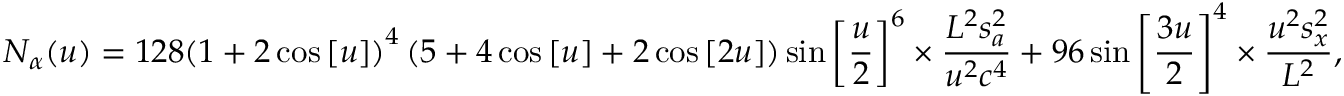
{ N _ { \alpha } } ( u ) = 1 2 8 { \left( { 1 + 2 \cos \left[ u \right] } \right) ^ { 4 } } \left( { 5 + 4 \cos \left[ u \right] + 2 \cos \left[ { 2 u } \right] } \right) \sin { \left[ { \frac { u } { 2 } } \right] ^ { 6 } } \times \frac { { { L ^ { 2 } } s _ { a } ^ { 2 } } } { { { u ^ { 2 } } { c ^ { 4 } } } } + 9 6 \sin { \left[ { \frac { { 3 u } } { 2 } } \right] ^ { 4 } } \times \frac { { { u ^ { 2 } } s _ { x } ^ { 2 } } } { { { L ^ { 2 } } } } ,